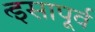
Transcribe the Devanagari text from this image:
र्इसापूर्व